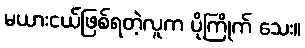
မယားငယ်ဖြစ်ရတဲ့လူက ပိုကြိုက် သေး။